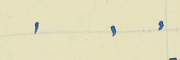
.    .    .